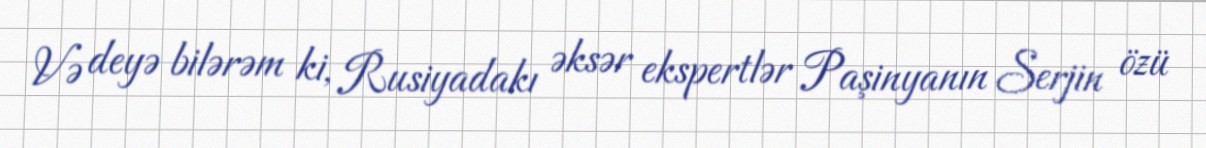
Və deyə bilərəm ki, Rusiyadakı əksər ekspertlər Paşinyanın Serjin özü